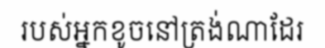
របស់អ្នកខូចនៅត្រង់ណាដែរ